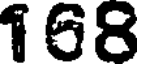
168